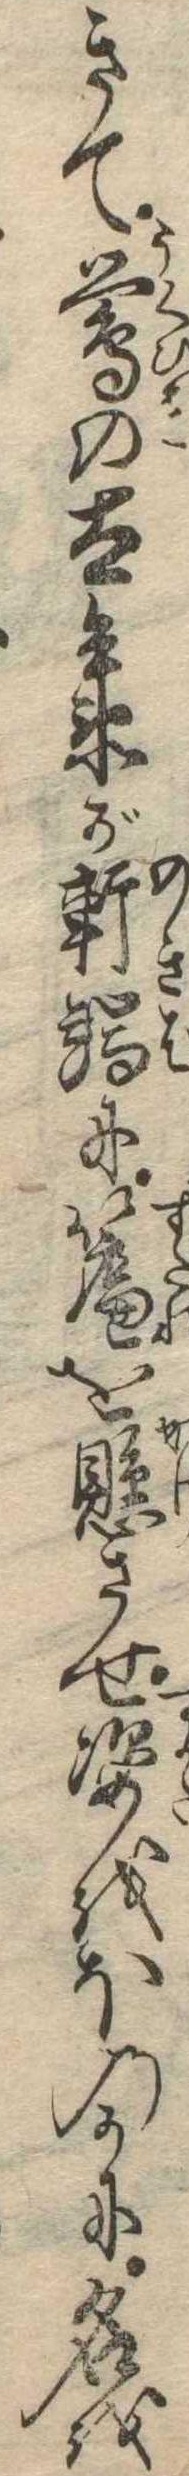
きて鴬の太兵衛が軒端に簾を懸させ姿をほのかに名を